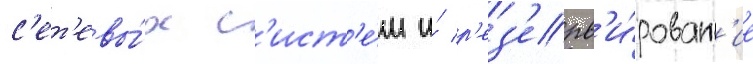
с'ет'евы́х с'ист'е́м и́ р'ез'ерв'и́рован'ие